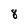
Character: 8